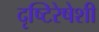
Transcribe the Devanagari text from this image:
दृष्टिरेषेशी